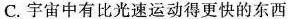
C.宇宙中有比光速运动得更快的东西